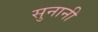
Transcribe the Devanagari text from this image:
सुनानी